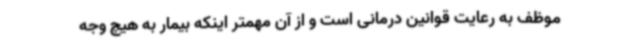
موظف به رعایت قوانین درمانی است و از آن مهمتر اینکه بیمار به هیچ وجه